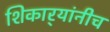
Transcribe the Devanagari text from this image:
शिकार्‍यांनीच